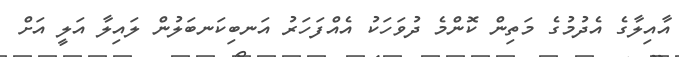
އާއިލާގެ އެދުމުގެ މަތިން ކޮންމެ ދުވަހަކު އެއްފަހަރު އަނބިކަނބަލުން ލައިލާ އަލީ އަށް